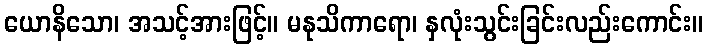
ယောနိသော၊ အသင့်အားဖြင့်။ မနုသိကာရော၊ နှလုံးသွင်းခြင်းလည်းကောင်း။